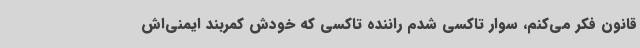
قانون فکر می‌کنم، سوار تاکسی شدم راننده تاکسی که خودش کمربند ایمنی‌اش